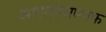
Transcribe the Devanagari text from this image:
आएनएसएनफ